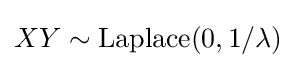
XY\sim {\textrm {Laplace}}(0,1/\lambda )